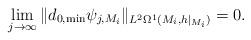
LaTeX: \begin{align*}\lim_{j\rightarrow \infty}\|d_{0,\min}\psi_{j,M_i}\|_{L^2\Omega^1(M_i,h|_{M_i})}=0.\end{align*}